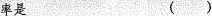
率是 ( )